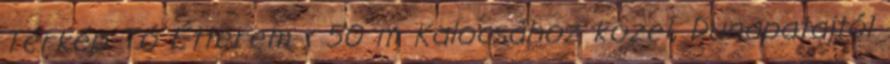
Térkép Tó Étterem ‹ 50 m Kalocsához közel, Dunapatajtól